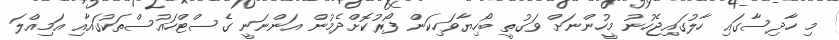
މި ހާދިސާގައި ހާލުގައިޖެހުނު މީހުންނަށް ވަގުތީ ބޯހިޔާވަހިކަން ފޯރުކޮށްދެމުން އަންނަނީ ގެސްޓްހައުސްތަކުގައާއި އަމިއްލަ